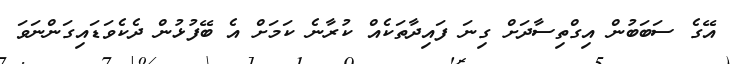
އޭގެ ސަބަބުން އިގްތިސާދަށް ގިނަ ފައިދާތަކެއް ކުރާނެ ކަމަށް އެ ބޭފުޅުން ދެކެވަޑައިގަންނަވަ